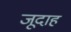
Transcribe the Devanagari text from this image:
जूदाह